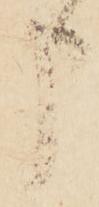
申